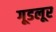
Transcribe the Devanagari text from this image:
गूडलूर